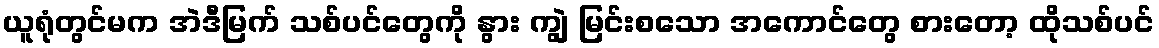
ယူရုံတွင်မက အဲဒီမြက် သစ်ပင်တွေကို နွား ကျွဲ မြင်းစသော အကောင်တွေ စားတော့ ထိုသစ်ပင်